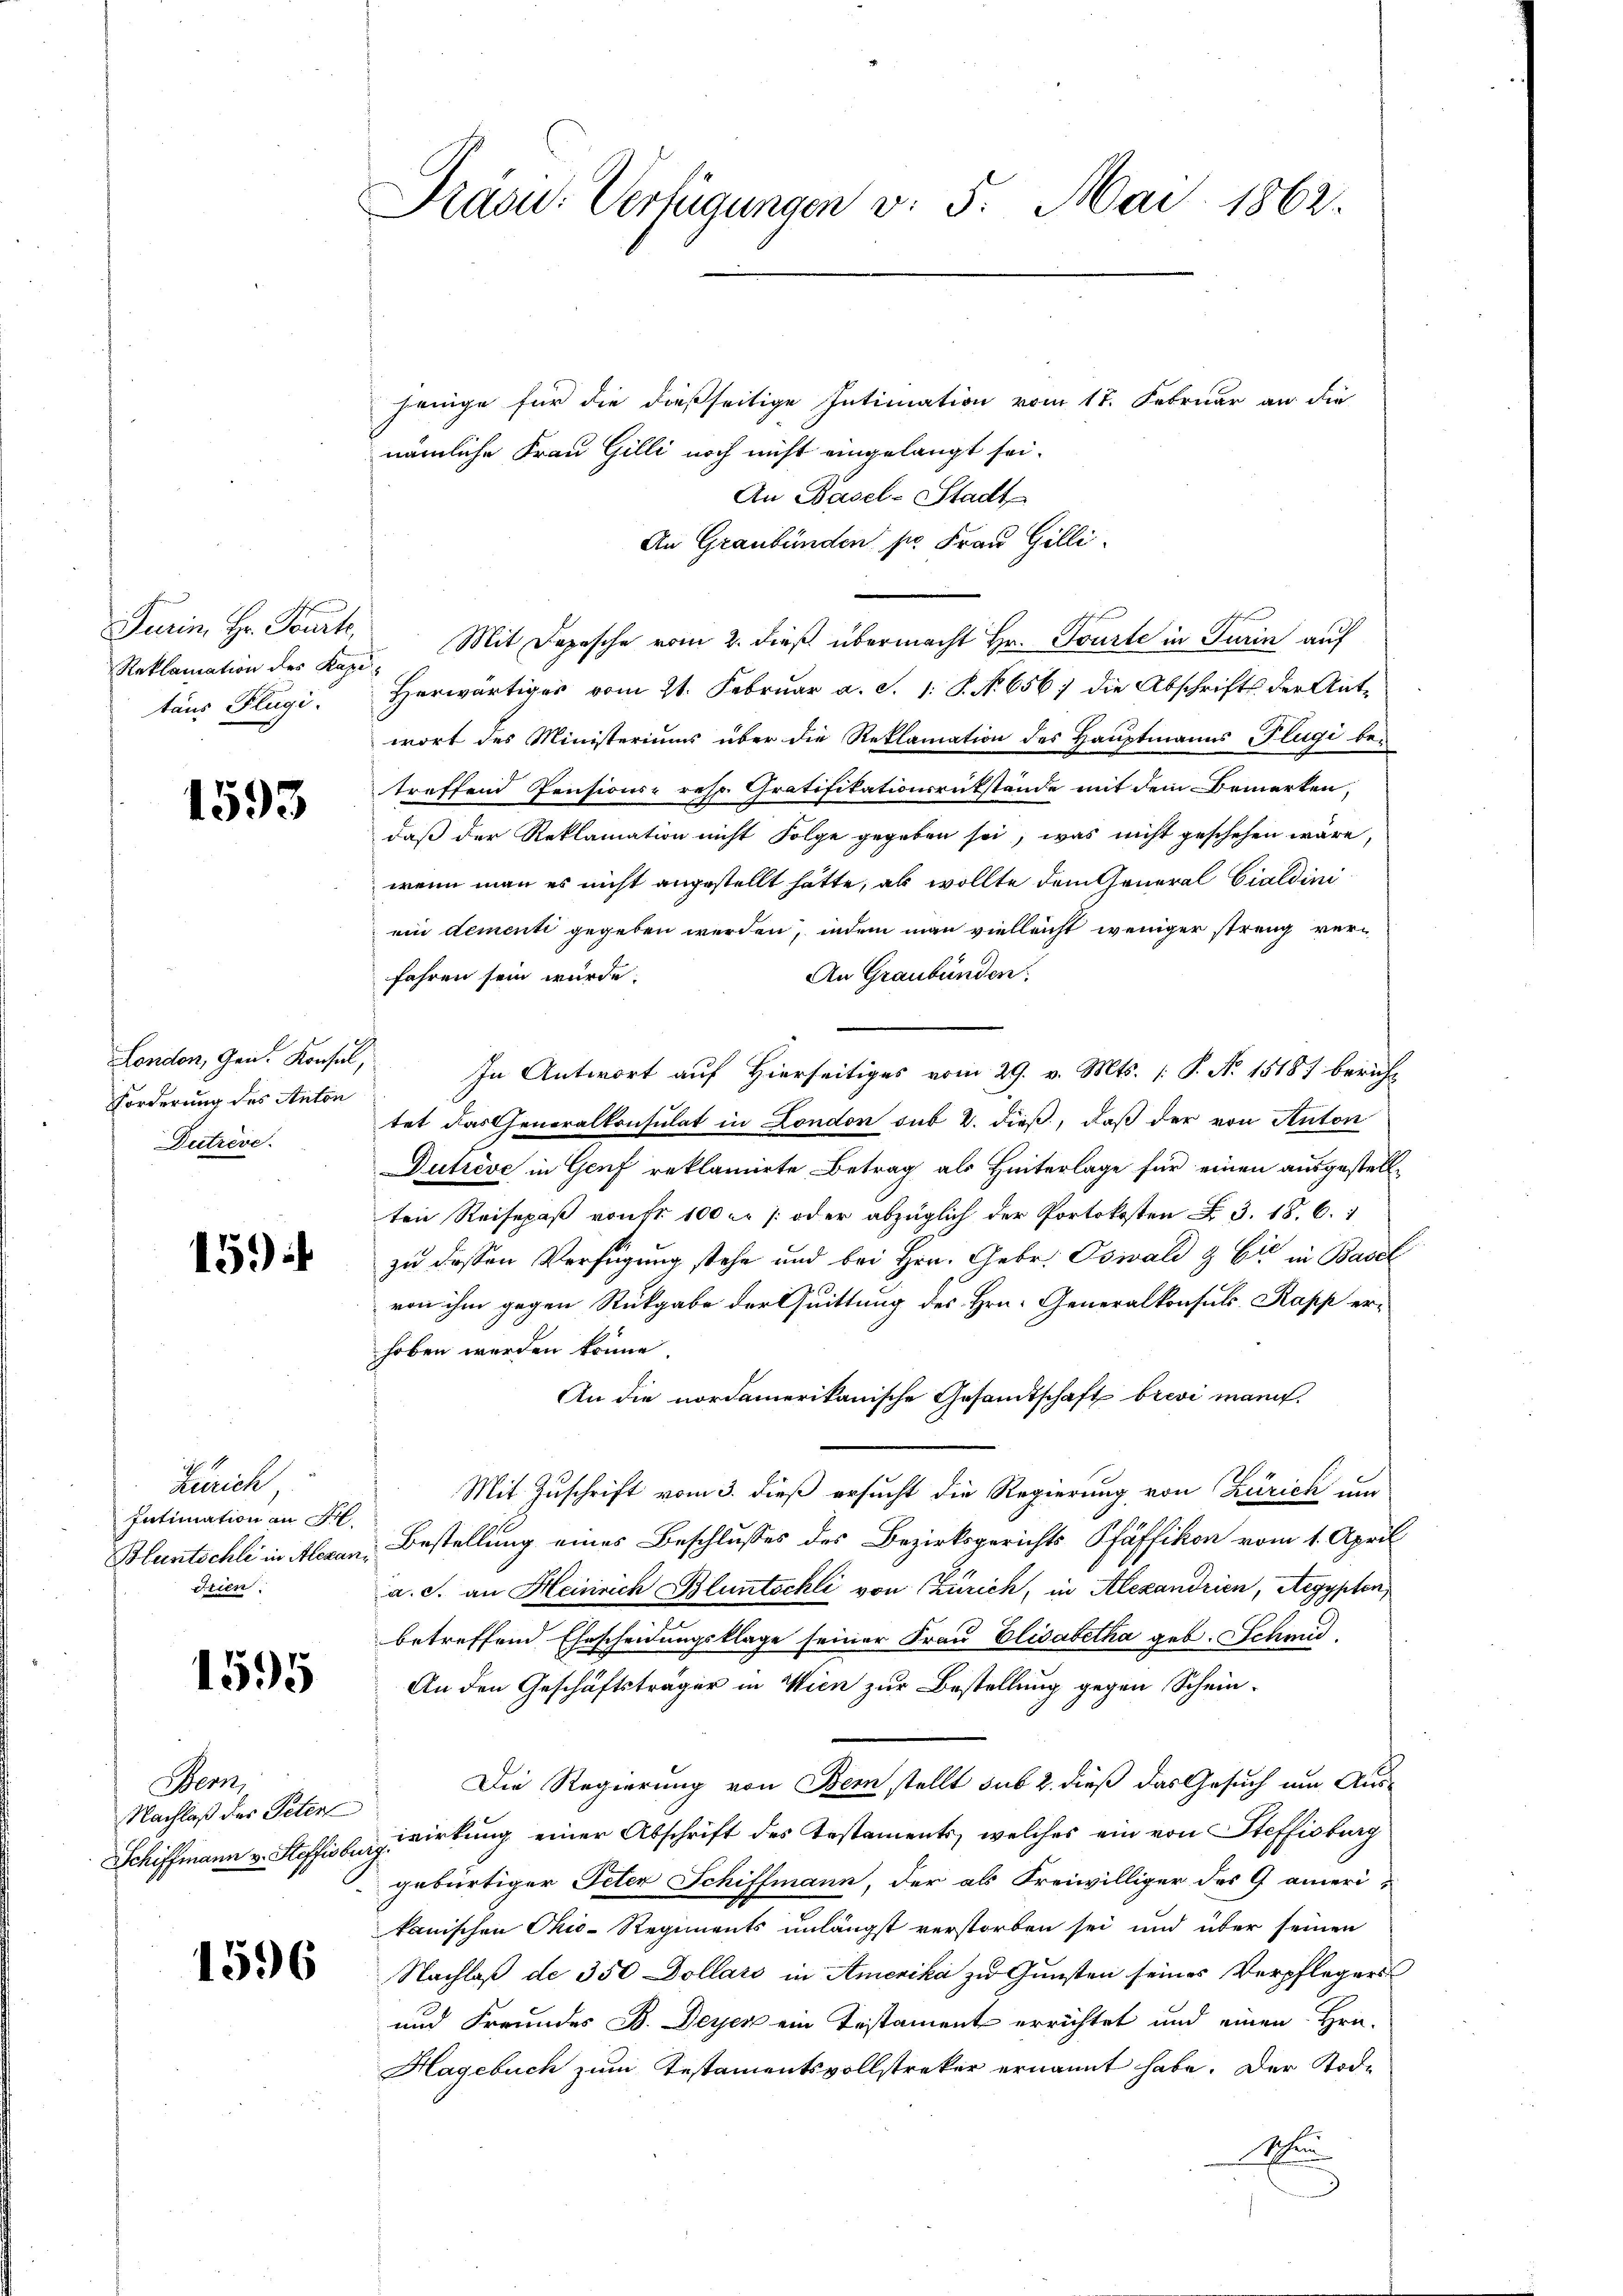
Reklamation des Kape
taus Flügi.

1593

Forderung des Anton
Dutrève.

159

Zürich
Intimation an Ar
Bluntschli in Alexan
drien.

1595

Bern,
Nachlaß des Peters
Schiffmann v. Steffisbu

1596

Präsu: Verfügungen v. 5. Mai 1862.

jenige für die dießseitige Intimation vom 17. Februar an die
nämliche Frau Gilli noch nicht eingelangt sei.
An Basel-Stadt
An Graubünden pr. Frau Gilli
Turin, Hr. Tourk, Mit Depesche vom 2. dieß übermacht Hr. Tourte in Turin auf
Herwärtiges vom 21. Februar a. S. 1: P. No. 656 die Abschrifts der Ant-
wort des Ministeriums über die Reklamation des Hauptmanns Flugi be-
treffend Pensions- resp. Gratifikationsrückstände mit dem Bemerken,
daß der Reklamation nicht Folge gegeben sei, was nicht geschehen wäre,
wenn man es nicht angestellt hätte, als wollte dem General Cialdini
ein dementi gegeben werden, indem man vielleicht weniger streng ver¬
An Graubünden:
fahren sein würde.
London, Gen. Konsul, In Antwort auf Hierseitiges vom 29. v. Mts. [ P. N. 15187 bericht
tet das Generalkonsulat in London sub 2. dieß, daß der von Anton
Dutrève in Genf reklamirte Betrag als Hinterlage für einen ausgestellten Reisepaß von fr. 100 r /: oder abzüglich der Portokosten §. 3. 18. 6. 1
zu dessen Verfügung stehe und bei Hrn. Gebr. Oswald & Cie in Basel
von ihm gegen Rückgabe der Quittung des Hrn. Generalkonsuls. Rapp er-
hoben werden könne.
An die nordamerikanische Gesamtschaft brevi mann.
Mit Zuschrift vom 3. dieß ersucht die Regierung von Zürich um
Bestellung eines Beschlusses des Bezirksgerichts Pfäffikon vom 1. April
a. c. an Heinrich Bluntschli von Zürich, in Alexandrien, Aegypten,
betreffend Ehescheidungsklage seiner Frau Elisabetha geb. Schmid.
An den Geschäftsträger in Wien zur Bestellung gegen Schein¬
Die Regierung von Bem stellt sub 2. dieß das Gesuch um Auswirkung einer Abschrift des Testaments, welches ein von Steffisburg
ach.
gebürtiger Peten Schiffmann, der als Freiwilliger des G ameri-
kanischen Chic-Regiments unlängst verstorben sei und über seinen
Nachlaß de 350 Dollars in Amerika zu Gunsten seines Verpflegers
und Freundes B. Deyer ein Testament errichtet und einen Hrn.
Hagebuch zum Testamentsvollstreker ernannt habe. Der Tode
Achen
d